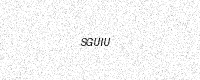
Text: SGUIU